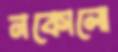
নকোলো